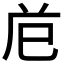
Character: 𭘊